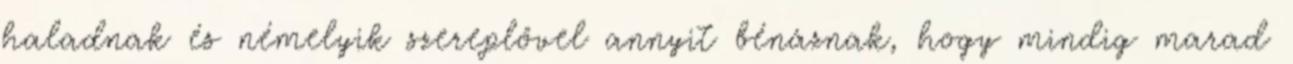
haladnak és némelyik szereplővel annyit bénáznak, hogy mindig marad